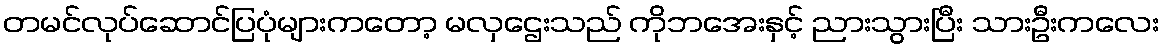
တမင်လုပ်ဆောင်ပြပုံများကတော့ မလှဌေးသည် ကိုဘအေးနှင့် ညားသွားပြီး သားဦးကလေး